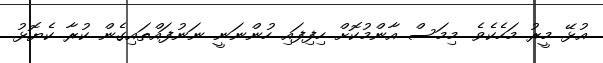
އުޅޭ މީރު މަހެކެވެ. މިމަސް އާންމުކޮށް ހިފިފައި ހުންނަނީ ނަނުފައްތައިގެން ކުރާ ކެޔޮޅު